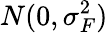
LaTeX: N(0,\sigma_{F}^{2})